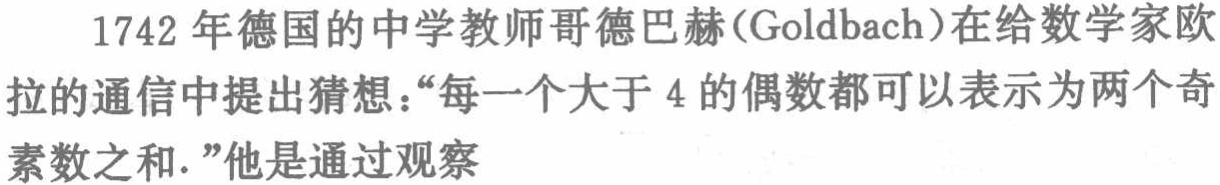
1742 年德国的中学教师哥德巴赫(Goldbach)在给数学家欧拉的通信中提出猜想：“每一个大于 4 的偶数都可以表示为两个奇素数之和.”他是通过观察